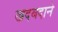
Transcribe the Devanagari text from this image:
खदबदाने